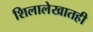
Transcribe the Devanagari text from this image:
शिलालेखातही